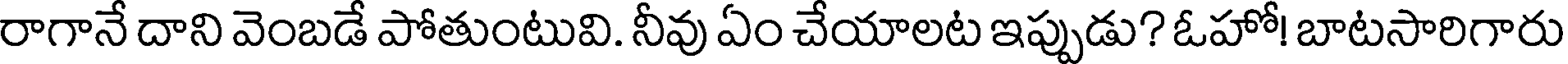
రాగానే దాని వెంబడే పోతుంటువి. నీవు ఏం చేయాలట ఇప్పుడు? ఓహో! బాటసారిగారు